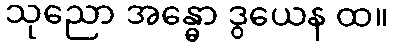
သုညော အန္ဓော ဒွယေန ထ။